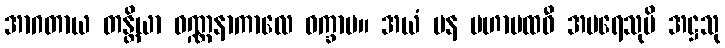
အာဂတာယ တန္တိယာ ဝဏ္ဏနာကာလေ ဝက္ခာမ။ အယံ ပန မဟာပထဝီ အပရေသုပိ အဋ္ဌသု